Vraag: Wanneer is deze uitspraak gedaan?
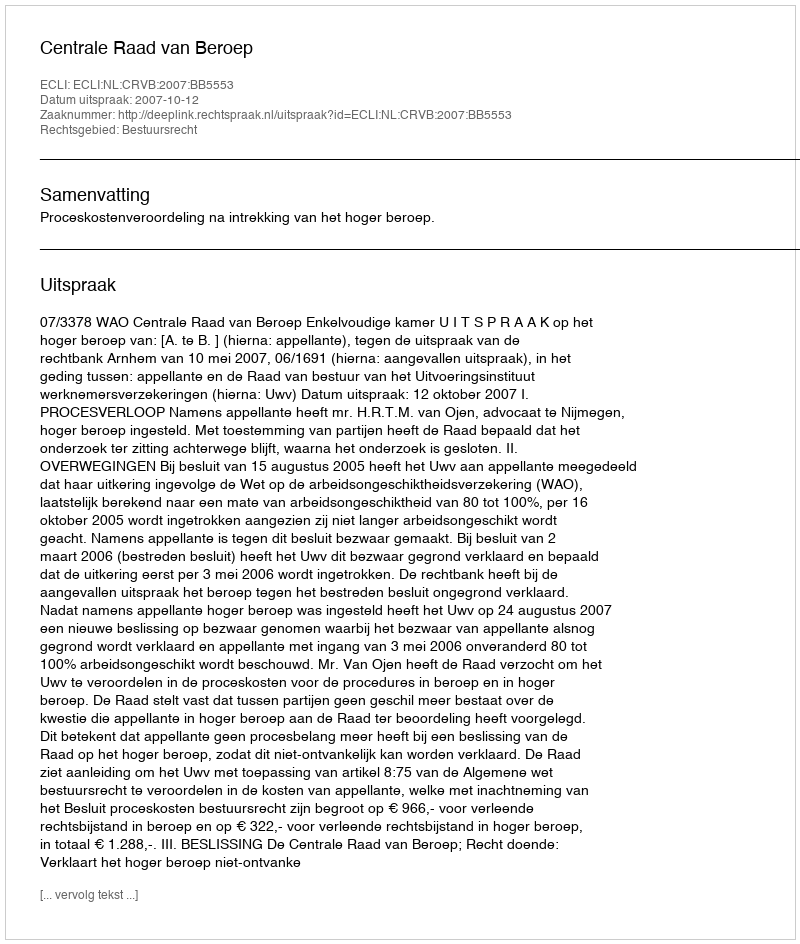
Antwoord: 2007-10-12